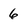
Character: 6